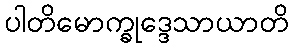
ပါတိမောက္ခုဒ္ဒေသာယာတိ